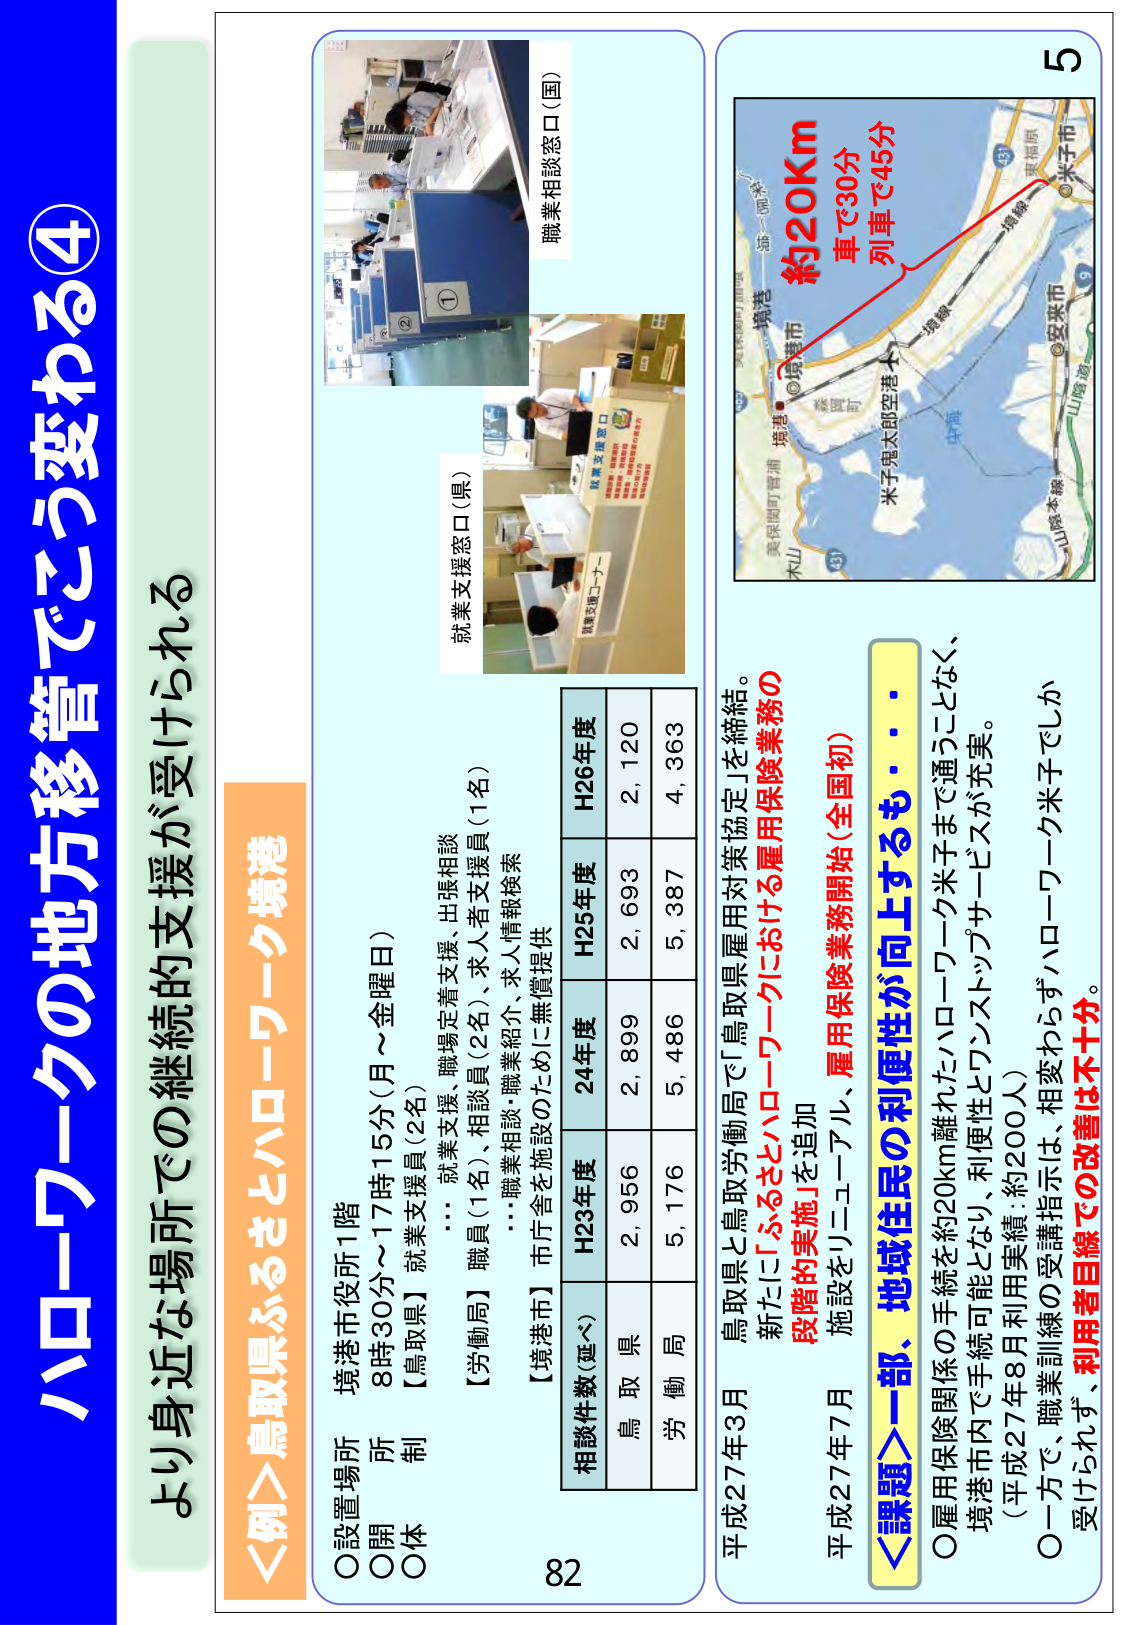
ハローワークの地方移管でこう変わる④
より身近な場所での継続的支援が受けられる

＜例＞鳥取県ふるさとハローワーク境港

○設置場所　境港市役所1階
○開所　8時30分～17時15分（月～金曜日）
○体制　【鳥取県】就業支援員（2名）
　　　　…就業支援、職場定着支援、出張相談
　　　　【労働局】職員（1名）、相談員（2名）、求人者支援員（1名）
　　　　…職業相談・職業紹介、求人情報検索
　　　　【境港市】市庁舎を施設のために無償提供

相談件数（延べ）
　　　　　　H23年度　H24年度　H25年度　H26年度
鳥取県　　　2,956　　2,899　　2,693　　2,120
労働局　　　5,176　　5,486　　5,387　　4,363

職業相談窓口（国）
就業支援窓口（県）

平成27年3月　鳥取県と鳥取労働局で「鳥取県雇用対策協定」を締結。
新たに「ふるさとハローワークにおける雇用保険業務の
段階的実施」を追加

平成27年7月　施設をリニューアル、雇用保険業務開始（全国初）

＜課題＞一部、地域住民の利便性が向上するも・・・
○雇用保険関係の手続きを約20km離れたハローワーク米子まで通うことなく、
　境港市内で手続き可能となり、利便性とワンストップサービスが充実。
　（平成27年8月利用実績：約200人）
○一方で、職業訓練の受講指示は、相変わらずハローワーク米子でしか
　受けられず、利用者目線での改善は不十分。

約20Km
車で30分
列車で45分

5
82